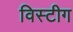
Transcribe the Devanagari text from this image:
विस्टीग